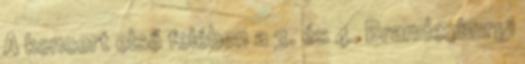
A koncert első felében a 3. és 4. Brandenburgi